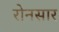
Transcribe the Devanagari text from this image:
रोनसार